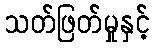
သတ်ဖြတ်မှုနှင့်